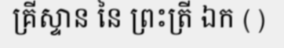
គ្រីស្ទាន នៃ ព្រះត្រី ឯក ( )